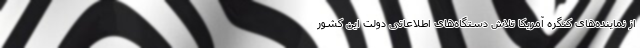
از نماینده‌های کنگره آمریکا تلاش دستگاه‌های اطلاعاتی دولت این کشور